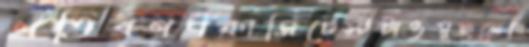
খতিবগণকাসিটেস্টটাওমুছলেরি